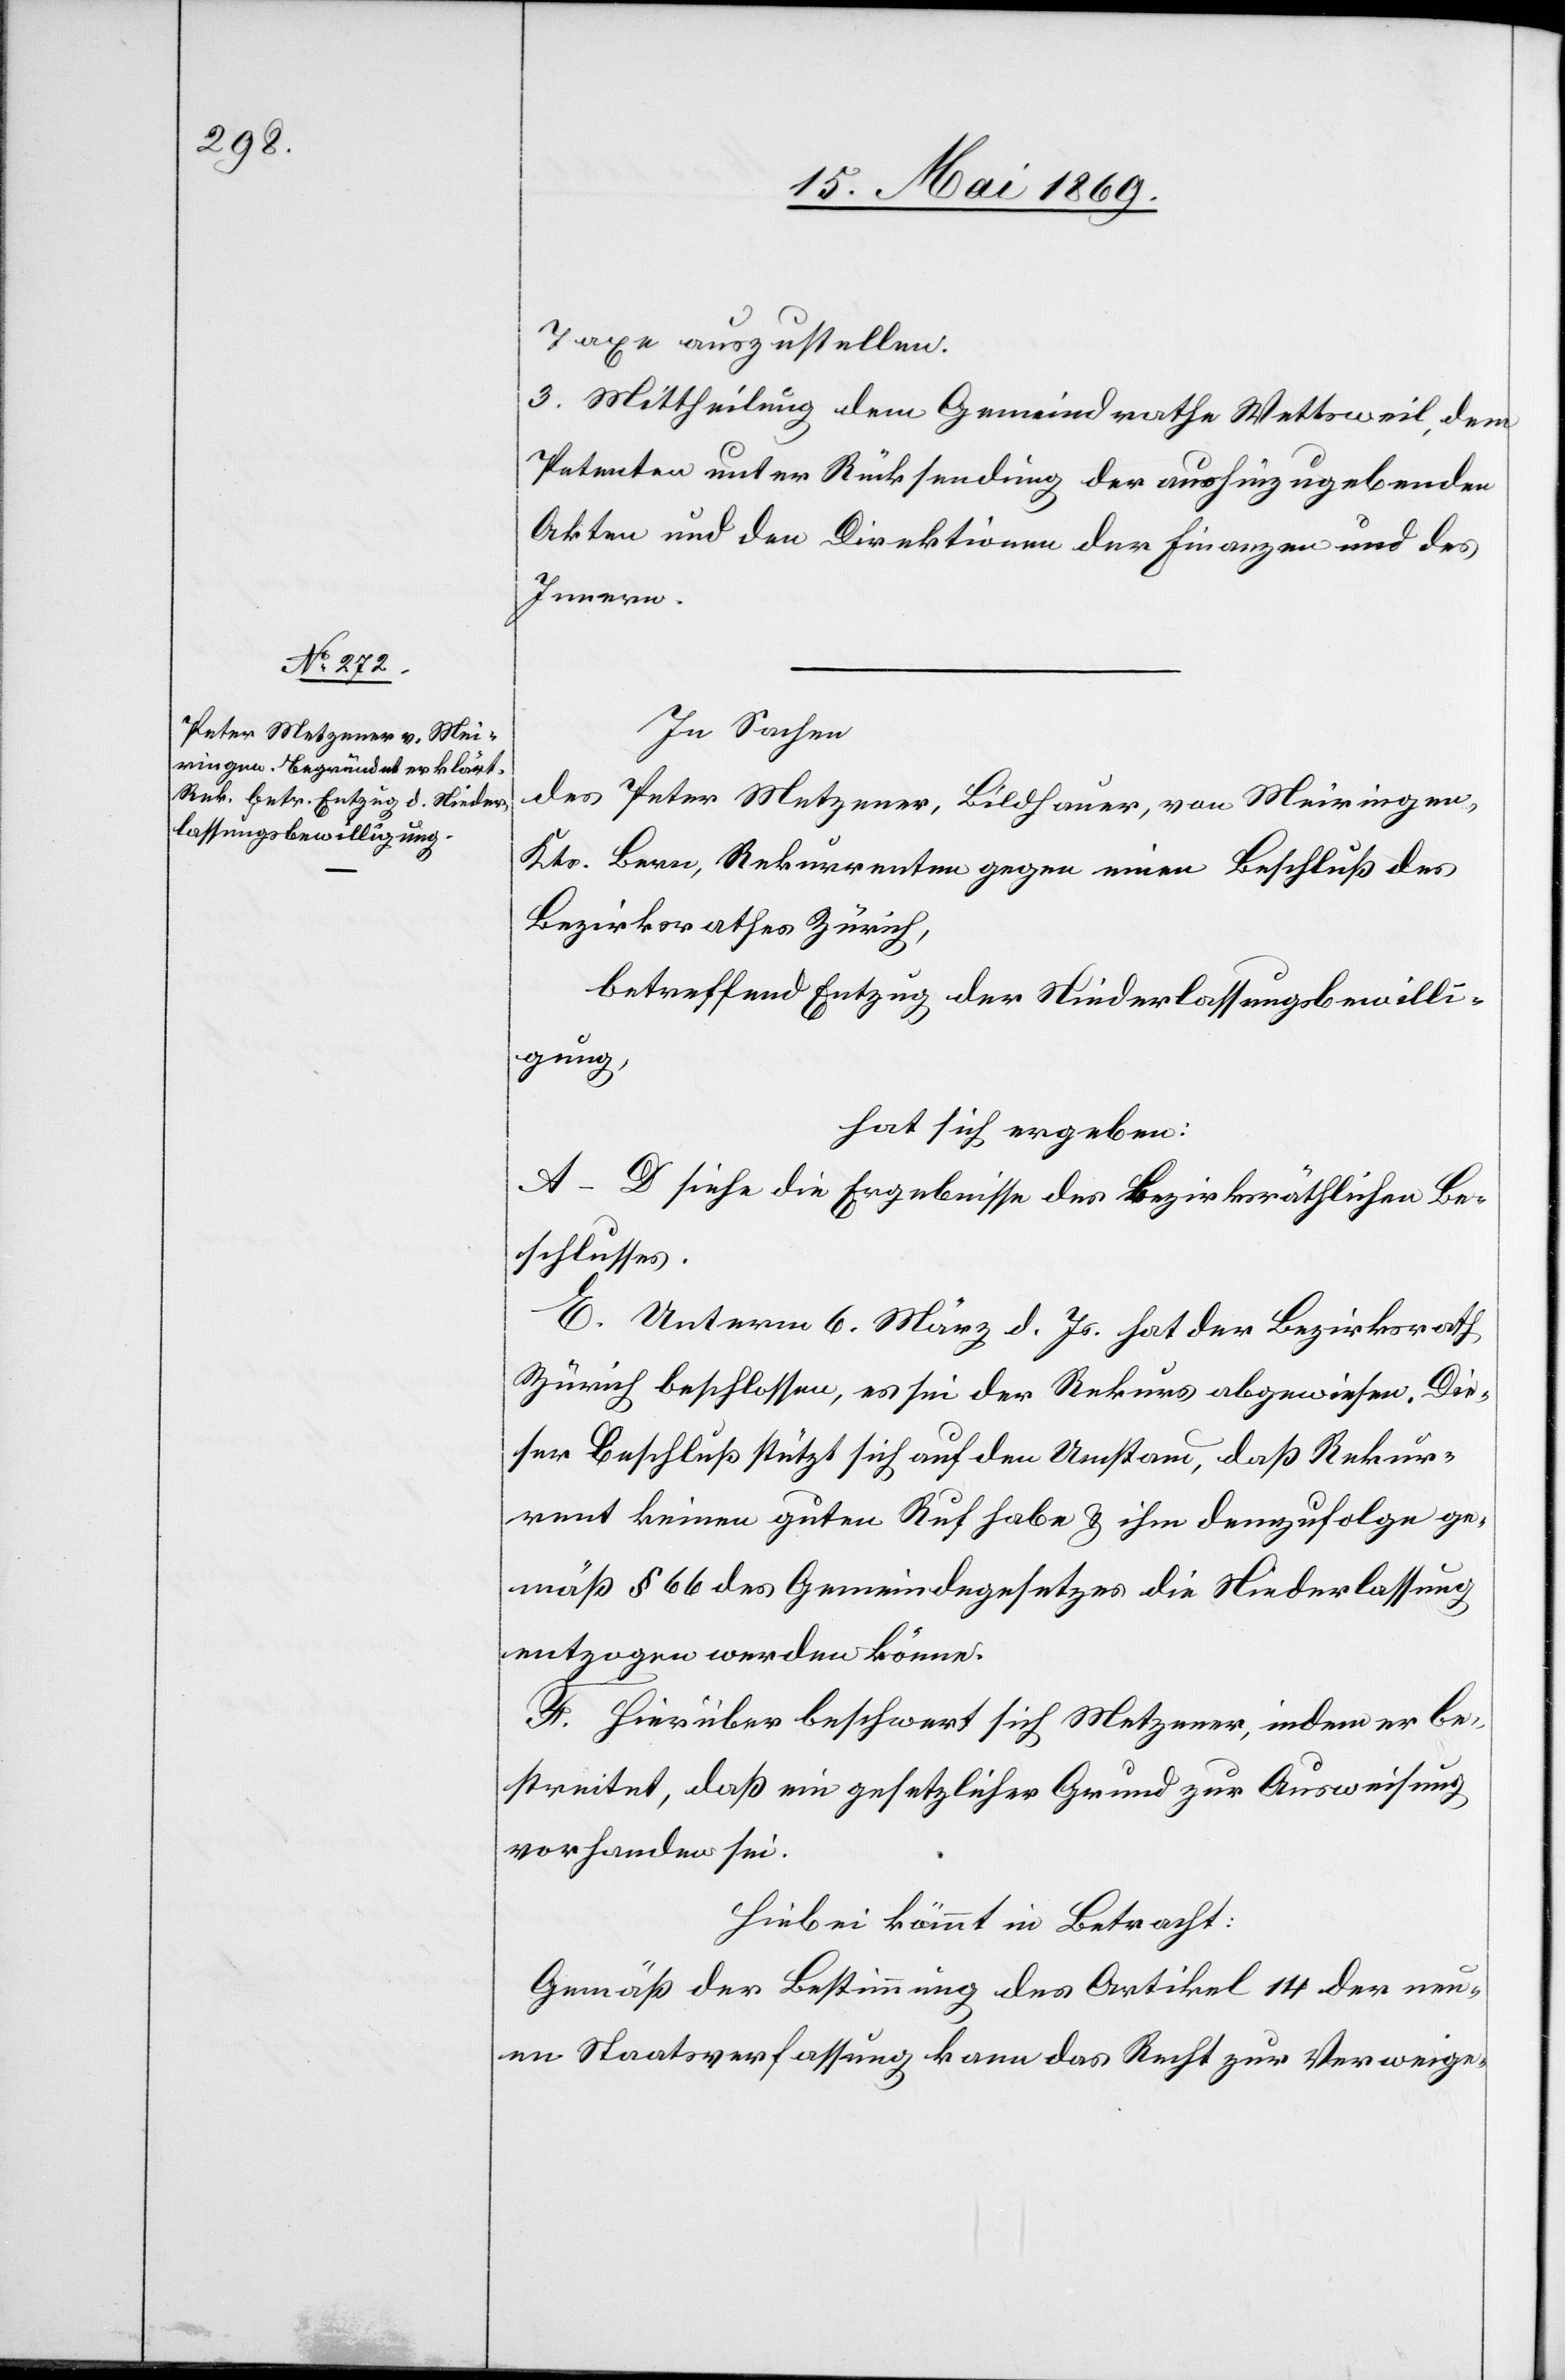
Taxe auszustellen.
3. Mittheilung dem Gemeindrathe Wettsweil, dem
Petenten unter Rücksendung der aushinzugebenden
Akten und den Direktionen der Finanzen und des
Innern.
In Sachen
des Peter Metzener, Bildhauer, von Meiringen,
Kts. Bern, Rekurrenten gegen einen Beschluß des
Bezirksrathes Zürich,
betreffend Entzug der Niederlaßungsbewilli¬
gung,
hat sich ergeben:
A–D. siehe die Ergebnisse des bezirksräthlichen Be¬
schlusses.
E. Unterm 6 März d. Js. hat der Bezirksrat
Die¬
Zürich beschlossen, es sei der Rekurs abgewiesen.
ser Beschluß stützt sich auf den Umstand, daß Rekur¬
rent keinen guten Ruf habe u. ihm demzufolge ge¬
mäß § 66 des Gemeindegesetzes die Niederlassung
entzogen werden könne.
F. Hierüber beschwert sich Metzener, indem er be¬
streitet, daß ein gesetzlicher Grund zur Ausweisung
vorhanden sei.
Hiebei kömmt in Betracht:
Gemäß der Bestimmung des Artikel 14 der neu¬
en Staatsverfassung kann das Recht zur Verweige-